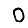
Digit: 0